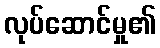
လုပ်ဆောင်မှု၏